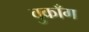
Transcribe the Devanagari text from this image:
वुकाँग